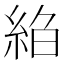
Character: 𦀆